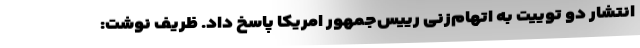
انتشار دو توییت به اتهام‌زنی رییس‌جمهور امریکا پاسخ داد. ظریف نوشت: